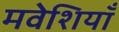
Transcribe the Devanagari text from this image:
मवेशियाँ